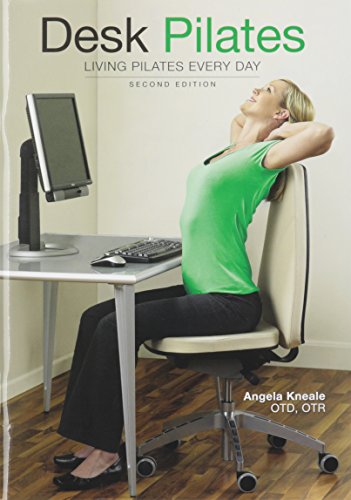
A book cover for Desk Pilates: Living Pilates Every Day; Angela Kneale OTD; Health, Fitness & Dieting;